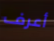
أعرف